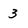
Character: 3